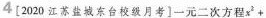
4[2020江苏盐城东台校级月考]一元二次方程$$x ^ { 2 } +